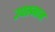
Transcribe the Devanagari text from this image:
उपस्नान